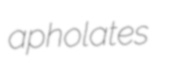
apholates